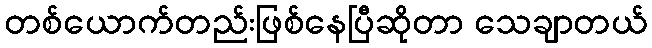
တစ်ယောက်တည်းဖြစ်နေပြီဆိုတာ သေချာတယ်